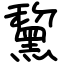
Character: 黧